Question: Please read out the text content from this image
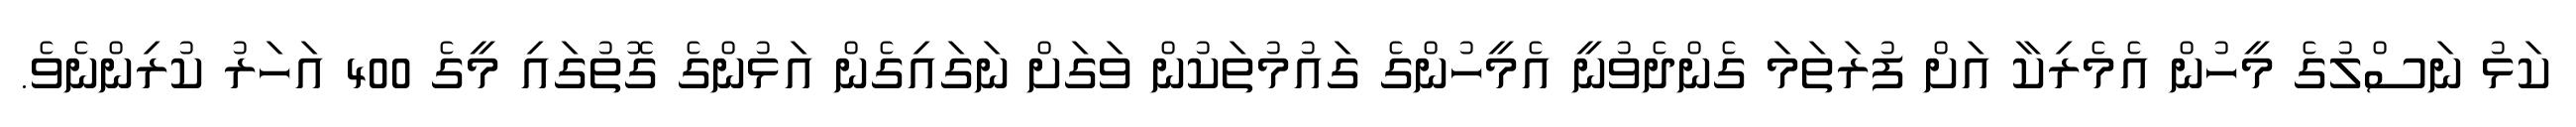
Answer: ކަޅު ނަސްލުގެ މީހުން އެމެރިކާ އަށް ފުރަތަމަ ގެންދެވުނީ އެމީހުންގެ ގައުމުތަކުން ވަގަށް ނަގައިގެން އަޅުންގެ ގޮތުގައި މީގެ 400 އަހަރު ކުރިންނެވެ.